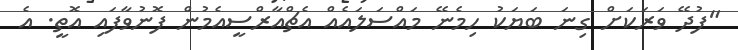
"ފުދޭ ވަރަކަށް ގިނަ ބަޔަކު ހިމެނޭ މައްސަލައެއް އެޗްއާރްސީއެމުން ފޮނުވާފައި އޮތީ. އެ